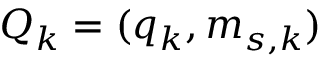
Q _ { k } = ( q _ { k } , m _ { s , k } )